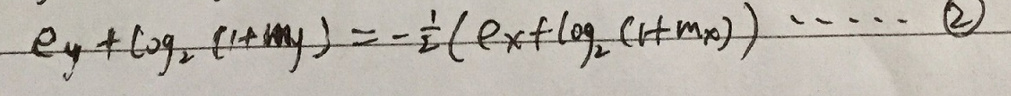
\[
e_y+\log_2(1 + m_y)=-\frac{1}{2}(e_x+\log_2(1 + m_x))\quad\quad(2)
\]